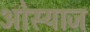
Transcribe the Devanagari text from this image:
ओस्याज